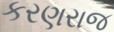
કરણરાજ